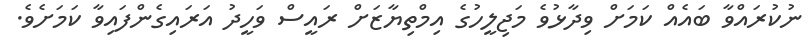
ނުކުރައްވާ ބައެއް ކަމަށް ވިދާޅުވެ މަޖިލީހުގެ އިމްތިޔާޒަށް ރައީސް ވަހީދު އަރައިގެންފައިވާ ކަމަށެވެ.